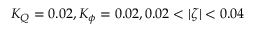
K _ { Q } = 0 . 0 2 , K _ { \phi } = 0 . 0 2 , 0 . 0 2 < | \zeta | < 0 . 0 4